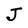
Character: J